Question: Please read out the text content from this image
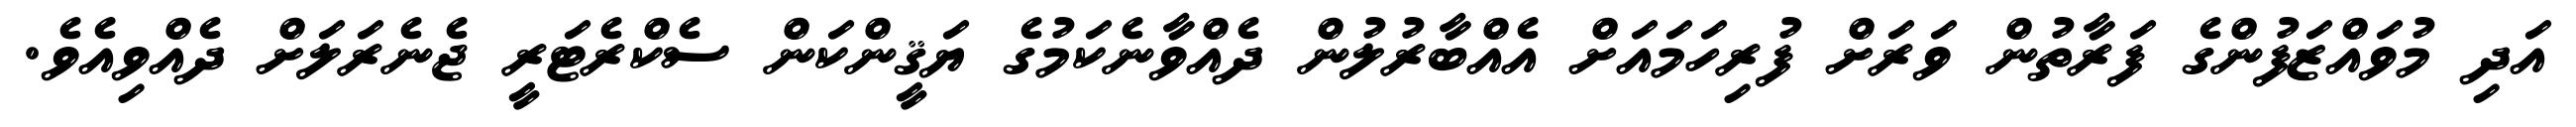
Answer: އަދި މުވައްޒަފުންގެ ފަރާތުން ވަރަށް ފުރިހަމައަށް އެއްބާރުލުން ދެއްވާނެކަމުގެ ޔަޤީންކަން ސެކްރެޓަރީ ޖެނެރަލަށް ދެއްވިއެވެ.